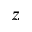
z